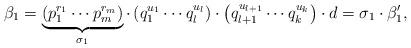
LaTeX: \begin{align*}\beta_{1}=\underbrace{\left(p_{1}^{r_{1} } \cdots p_{m}^{r_{m} } \right)}_{\sigma_{1} } \cdot \left(q_{1}^{u_{1} } \cdots q_{l}^{u_{l} } \right)\cdot \left(q_{l+1}^{u_{l+1} } \cdots q_{k}^{u_{k} } \right)\cdot d=\sigma_{1} \cdot \beta '_{1},\end{align*}